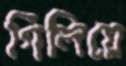
গিলিয়ে